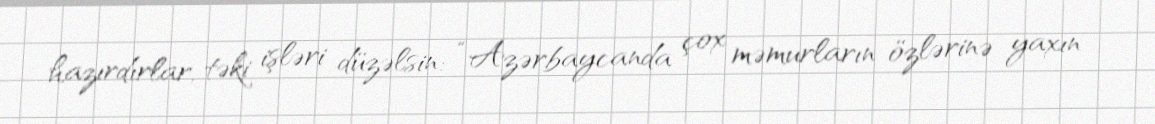
hazırdırlar, təki işləri düzəlsin: “Azərbaycanda çox məmurların özlərinə yaxın